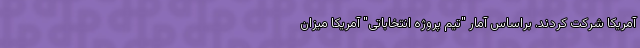
آمریکا شرکت کردند. براساس آمار "تیم پروژه انتخاباتی" آمریکا میزان